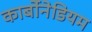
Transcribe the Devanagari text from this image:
कार्बोनेडियम